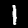
Digit: 1